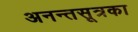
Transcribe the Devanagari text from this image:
अनन्तसूत्रका